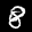
Label: 8